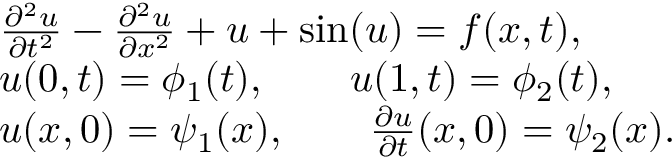
\begin{array} { r l } & { \frac { \partial ^ { 2 } u } { \partial t ^ { 2 } } - \frac { \partial ^ { 2 } u } { \partial x ^ { 2 } } + u + \sin ( u ) = f ( x , t ) , } \\ & { u ( { 0 } , t ) = \phi _ { 1 } ( t ) , \qquad u ( { 1 } , t ) = \phi _ { 2 } ( t ) , } \\ & { u ( { x } , 0 ) = \psi _ { 1 } ( { x } ) , \qquad \frac { \partial u } { \partial t } ( { x } , 0 ) = \psi _ { 2 } ( { x } ) . } \end{array}